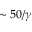
\sim 5 0 / \gamma